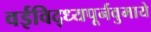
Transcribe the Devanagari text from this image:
वईविद्ध्यपूर्नवुमाये